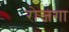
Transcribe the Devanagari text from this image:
रोजगा